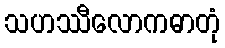
သဟဿီလောကဓာတုံ